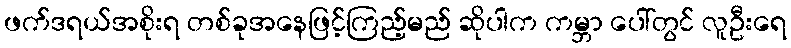
ဖက်ဒရယ်အစိုးရ တစ်ခုအနေဖြင့်ကြည့်မည် ဆိုပါက ကမ္ဘာ ပေါ်တွင် လူဦးရေ